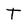
Character: T